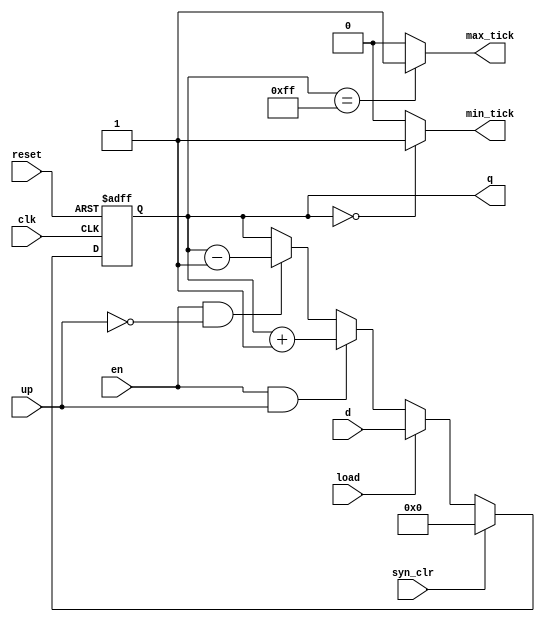
module univ_bin_counter_merged
	#(
		parameter N = 8
	)
	(
		input wire clk, reset,
		input wire syn_clr, load, en, up,
		input wire [N-1:0] d,
		output wire max_tick, min_tick,
		output reg [N-1:0] q
	);

	// body
	// register and next-state logic
	always @(posedge clk, posedge reset)
		if (reset)
			q <= 0;
		else if (syn_clr)
			q <= 0;
		else if (load)
			q <= d;
		else if (en & up)
			q <= q + 1;
		else if (en & ~up)
			q <= q - 1;
		// no else branch since q <= q is implicitly implied
	
	// output logic
	assign max_tick = (q == 2**N - 1) ? 1'b1 : 1'b0;
	assign min_tick = (q == 0) ? 1'b1 : 1'b0;
endmodule